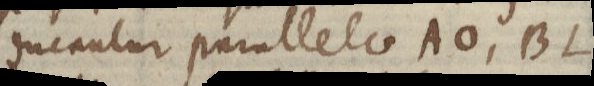
ducantur parallelae AO, BL